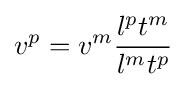
v^{p}=v^{m}{\frac {l^{p}t^{m}}{l^{m}t^{p}}}